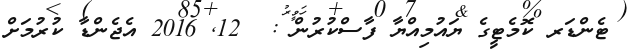
ޓެންޑަރ ކޮމެޓީގެ ޔައުމިއްޔާ ފާސްކުރުން :  12